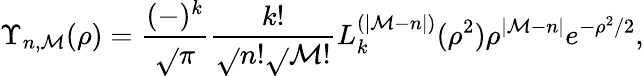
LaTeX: \Upsilon_{n,\mathcal{M}}(\rho)=\frac{{(-)^{k}}}{{\sqrt{}{{\pi}}}}\frac{{k!}}{{\sqrt{}{{n!}}\sqrt{}{{\mathcal{M}!}}}}L_{k}^{(|\mathcal{M}-n|)}(\rho^{2})\rho^{|\mathcal{M}-n|}e^{-\rho^{2}/2},